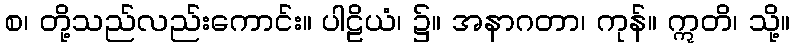
စ၊ တို့သည်လည်းကောင်း။ ပါဠိယံ၊ ၌။ အနာဂတာ၊ ကုန်။ ဣတိ၊ သို့။